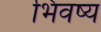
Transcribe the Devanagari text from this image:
भिवष्य